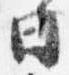
日